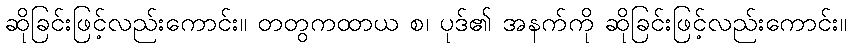
ဆိုခြင်းဖြင့်လည်းကောင်း။ တတွကထာယ စ၊ ပုဒ်၏ အနက်ကို ဆိုခြင်းဖြင့်လည်းကောင်း။